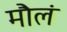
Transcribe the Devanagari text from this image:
मौलं